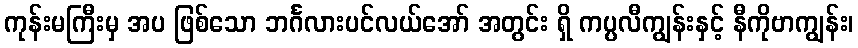
ကုန်းမကြီးမှ အပ ဖြစ်သော ဘင်္ဂလားပင်လယ်အော် အတွင်း ရှိ ကပ္ပလီကျွန်းနှင့် နီကိုဗာကျွန်း၊